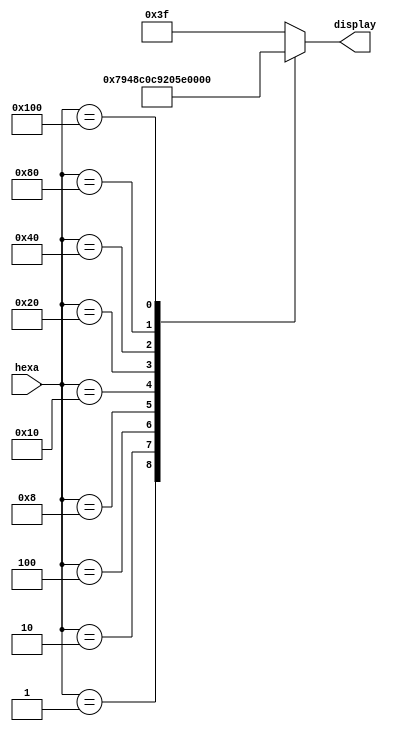
/* 
    Apresenta nmeros de 1 a 9 para 
    indicar o quadrante jogado.
    Caso no seja um quadrante vlido, 
    mostra "-" 
*/

module hexa7seg_custom (hexa, display);
    input      [8:0] hexa;
    output reg [6:0] display;

    /*
     *    ---
     *   | 0 |
     * 5 |   | 1
     *   |   |
     *    ---
     *   | 6 |
     * 4 |   | 2
     *   |   |
     *    ---
     *     3
     */
        
    always @(hexa)
    case (hexa)
        9'b000000001:    display = 7'b1111001;
        9'b000000010:    display = 7'b0100100;
        9'b000000100:    display = 7'b0110000;
        9'b000001000:    display = 7'b0011001;
        9'b000010000:    display = 7'b0010010;
        9'b000100000:    display = 7'b0000010;
        9'b001000000:    display = 7'b1111000;
        9'b010000000:    display = 7'b0000000;
        9'b100000000:    display = 7'b0010000;
        
        default: display = 7'b0111111;
    endcase
endmodule